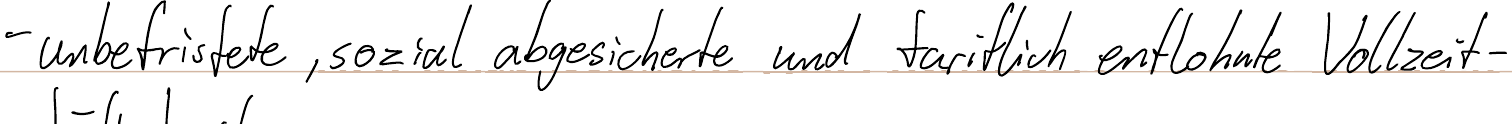
- unbefristete, sozial abgesicherte und tariflich entlohnte Vollzeit-